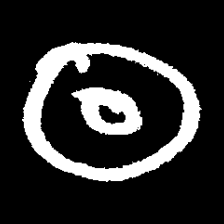
Pyu character \u2014 Myanmar letter: ထ (romanized: tha)